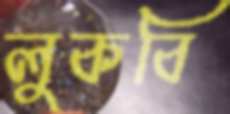
লুকবি